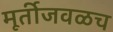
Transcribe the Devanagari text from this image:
मूर्तीजवळच